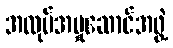
အလုပ်အမှုဆောင်အဖွဲ့